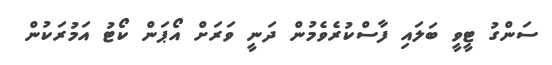
ސަންގު ޓީވީ ބަލައި ފާސްކުރެވެމުން ދަނީ ވަރަށް އޯޕަން ކޯޓު އަމުރަކުން